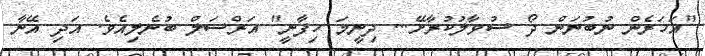
"އަހަރެން ނުބުނަން ދޯ ސުވާލުކުރާށޭ... ދިނީމަ ހިފާނީ" އަރްސަލް ބުނެލިއެވެ. އަދި އޭނާ